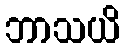
ဘာသယိ